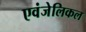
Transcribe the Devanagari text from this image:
एवंजेलिकल